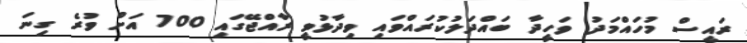
ރައީސް މުހައްމަދު ވަހީދާ ބައްދަލުކުރައްވައި ވިދާޅުވީ ރާއްޖޭގައި 700 އަށް ވުރެ ގިނަ